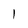
Character: I